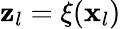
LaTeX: \mathbf{z}_{l}=\xi(\mathbf{x}_{l})